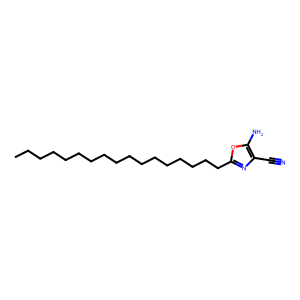
SMILES: CCCCCCCCCCCCCCCCCc1nc(C#N)c(N)o1
Inhibits HIV replication: No